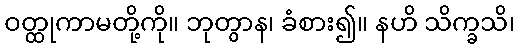
ဝတ္ထုကာမတို့ကို။ ဘုတွာန၊ ခံစား၍။ နဟိ သိက္ခသိ၊